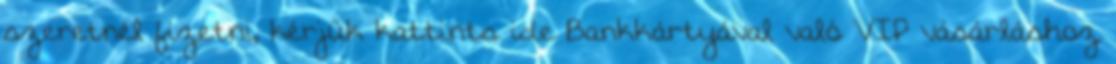
szeretnél fizetni, kérjük kattints ide Bankkártyával való VIP vásárláshoz